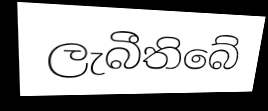
ලැබීතිබේ